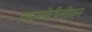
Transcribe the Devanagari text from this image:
डाइकोटीलीडान